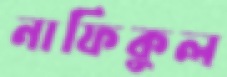
নাফিকুল